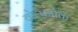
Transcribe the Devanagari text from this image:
वोल्फ़पैक